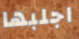
اجلبها